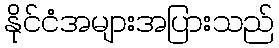
နိုင်ငံအများအပြားသည်